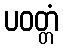
ပဝတ္တံ